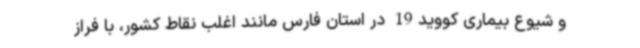
و شیوع بیماری کووید19 در استان فارس مانند اغلب نقاط کشور، با فراز